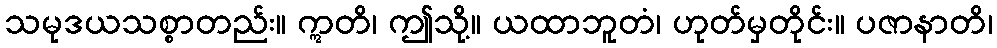
သမုဒယသစ္စာတည်း။ ဣတိ၊ ဤသို့။ ယထာဘူတံ၊ ဟုတ်မှတိုင်း။ ပဇာနာတိ၊